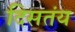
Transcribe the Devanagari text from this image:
दिसतंय